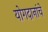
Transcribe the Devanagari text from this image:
योगदानांचे